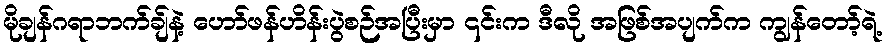
မိုချန်ဂရာဘက်ချ်နဲ့ ဟော်ဖန်ဟိန်းပွဲစဉ်အပြီးမှာ ၎င်းက ဒီလို အဖြစ်အပျက်က ကျွန်တော့်ရဲ့